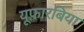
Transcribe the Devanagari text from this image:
यूफ़ारबिया